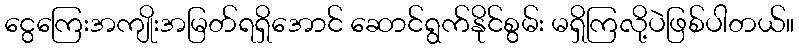
ငွေကြေးအကျိုးအမြတ်ရရှိအောင် ဆောင်ရွက်နိုင်စွမ်း မရှိကြလို့ပဲဖြစ်ပါတယ်။